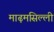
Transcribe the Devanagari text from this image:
माढ़मसिल्ली